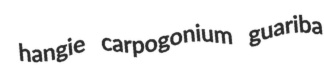
hangie carpogonium guariba